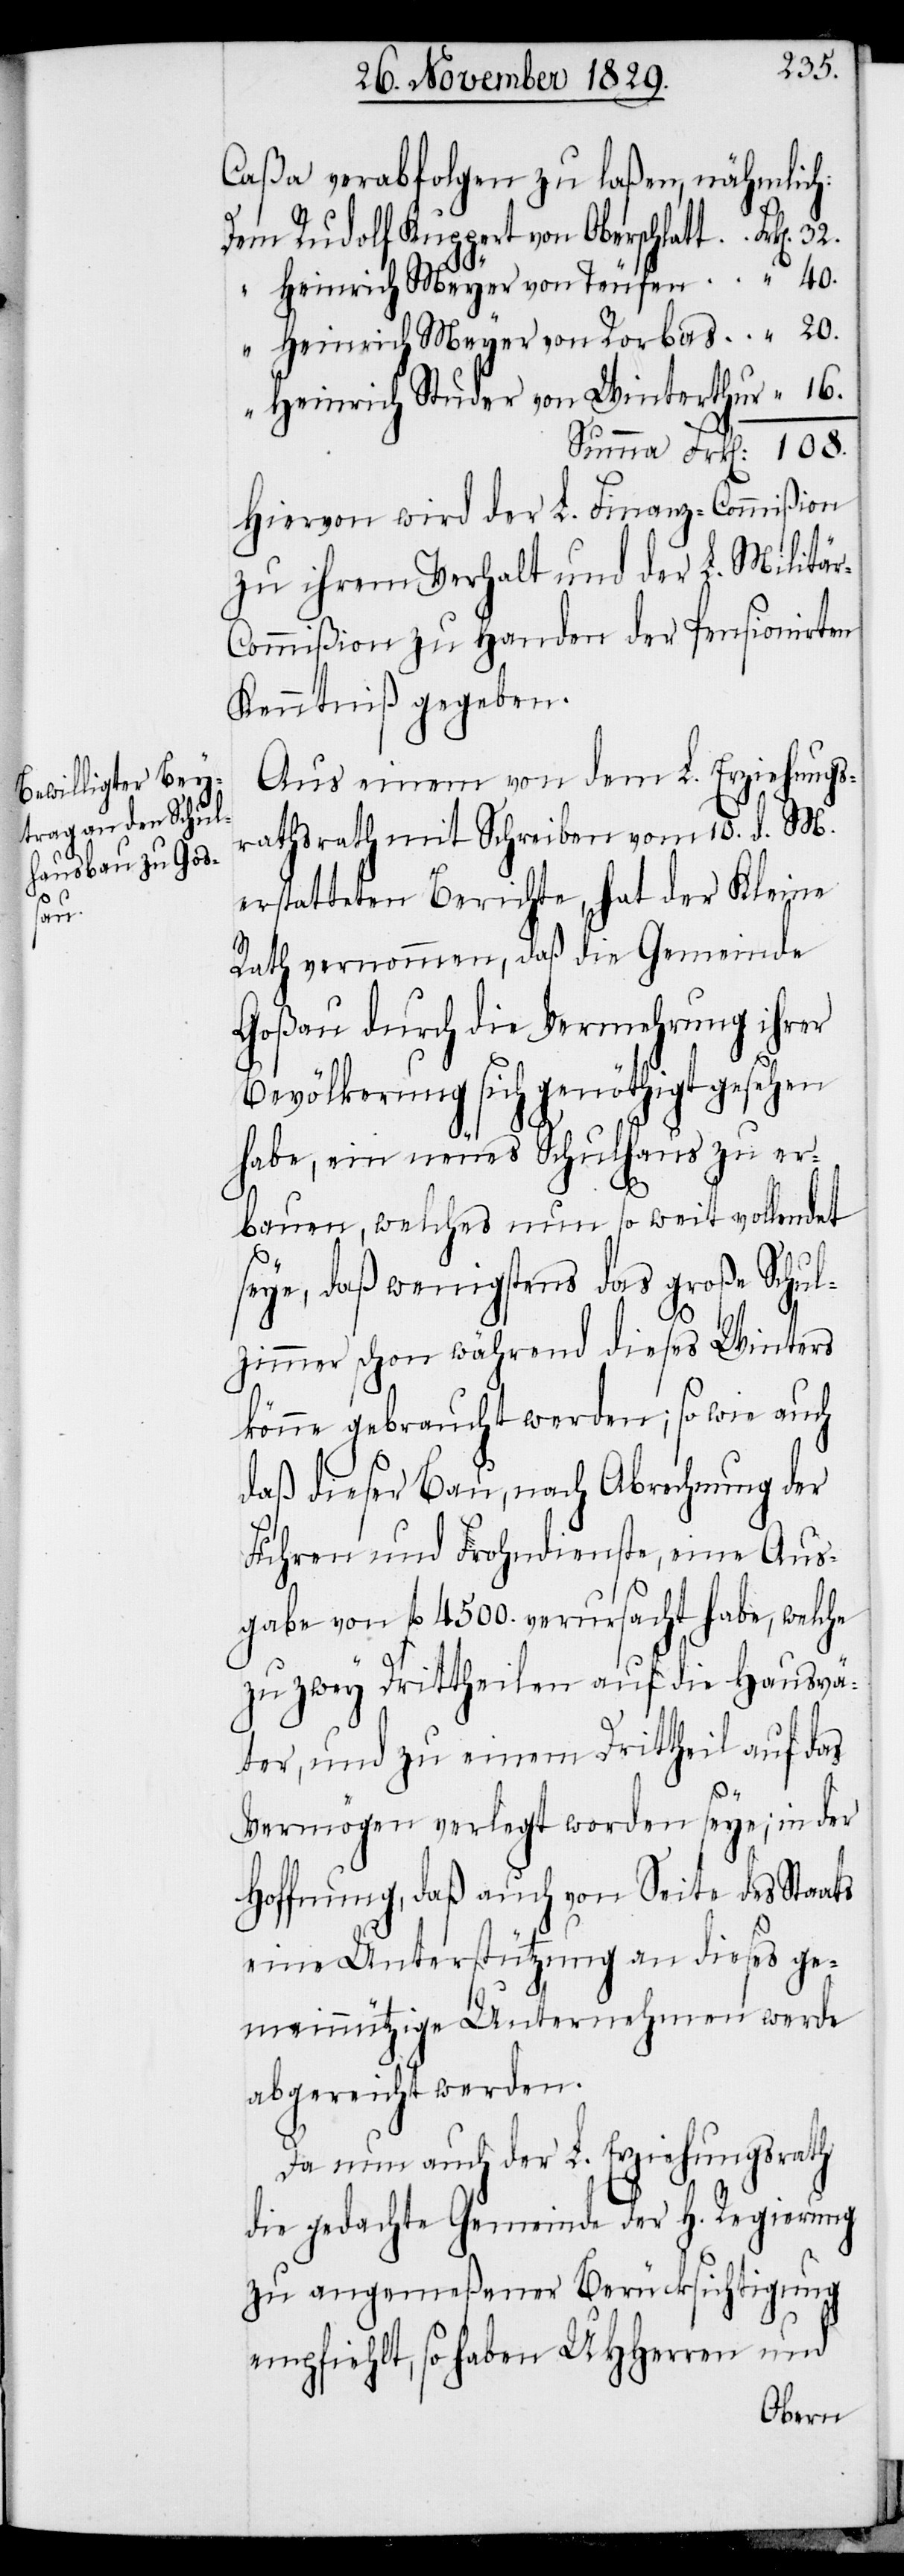
auch

Caßa verabfolgen zu laßen, nähmlich:
Dem Rudolf Ruppert von Oberschlatt
“ Heinrich Meyer von Teufen
“ Heinrich Meyer von Rorbas
“ Heinrich Studer von Winterthur
Hiervon wird der L. Finanz-Commißion
zu ihrem Verhalt und der L. Militä¬
ommißion zu Handen der pensionirten
Kenntniß gegeben.
Aus einem von dem L. Erziehungs¬
rathe mit Schreiben vom 10.d. M.
erstatteten Berichte, hat der Kleine
Rath vernommen, daß die Gemeinde
Goßau durch die Vermehrung ihrer
Bevölkerung sich genöthigt gesehen
habe, ein neues Schulhaus zu er¬
bauen, welches nun so weit vollendet
seye, daß wenigstens das große Schul¬
zimmer schon während dieses Winters
könne gebraucht werden; so wie auch
daß dieser Bau, nach Abrechnung der
Fuhren und Frohndienste, eine Aus¬
gabe von fl. 4500. verursacht habe, welche
zu zwey Drittheilen auf die Hausvä¬
ter, und zu einem Drittheil auf das
108.
eine Unterstützung an dieses ge¬
meinnützige Unternehmen werde
abgereicht werden.
Da nun auch der L. Erziehungsrath
die gedachte Gemeinde der H. Regierung
zu angemeßener Berücksichtigung
empfiehlt, so haben UHHerren und